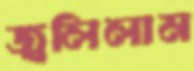
জ্বলিলাম